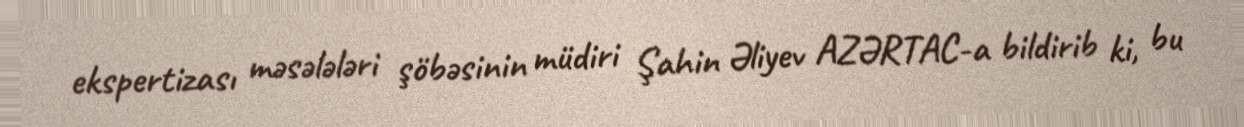
ekspertizası məsələləri şöbəsinin müdiri Şahin Əliyev AZƏRTAC-a bildirib ki, bu